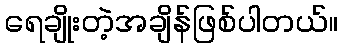
ရေချိုးတဲ့အချိန်ဖြစ်ပါတယ်။